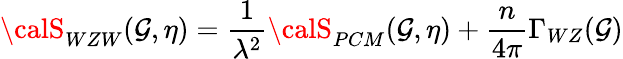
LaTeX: {\calS}_{WZW}(\mathcal{G},\eta)={\frac{{1}}{{\lambda^{2}}}}{\calS}_{PCM}(\mathcal{G},\eta)+{\frac{{n}}{{4\pi}}}\Gamma_{WZ}(\mathcal{G})